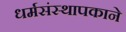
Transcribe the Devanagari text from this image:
धर्मसंस्थापकाने